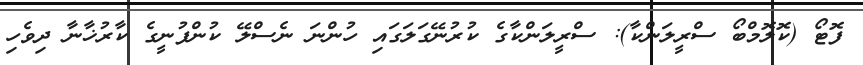
ފޮޓޯ (ކޮލޮމްބޯ ސްރީލަންކާ): ސްރީލަންކާގެ ކުރުނޭގަލަގައި ހުންނަ ނެސްލޭ ކުންފުނީގެ ކާރުޚާނާ ދިވެހި